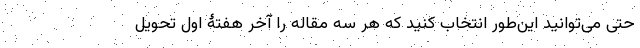
حتی می‌توانید این‌طور انتخاب کنید که هر سه مقاله را آخر هفتۀ اول تحویل